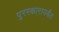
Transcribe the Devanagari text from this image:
पुरस्कारापर्यंत